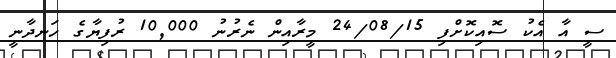
ސީ އާ އެކު ސޮއިކޮށްފި 24/08/15 މީރާއިން ނެރުނު 10